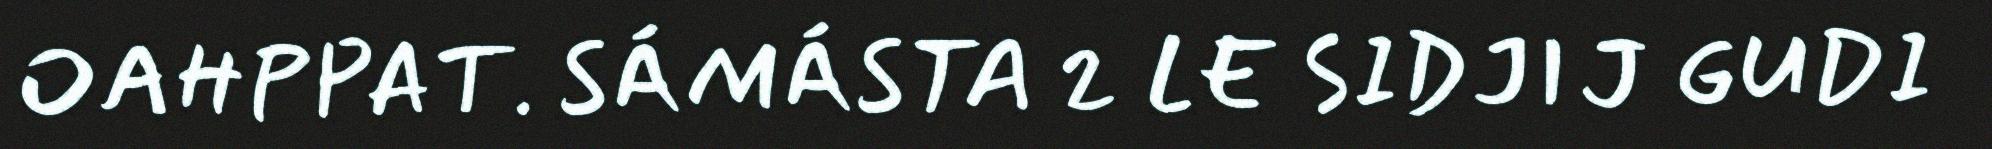
OAHPPAT. SÁMÁSTA 2 LE SIDJIJ GUDI